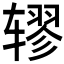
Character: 𫐖